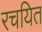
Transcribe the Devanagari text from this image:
रचयित